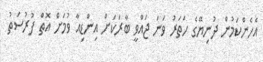
އެހެންކަމުން ދުނިޔޭގެ ހަތަރު ވަނަ ޖައްވީ ބާރަކަށް އިންޑިއާ ވުމަށް އޮތް ފުރުސަތު